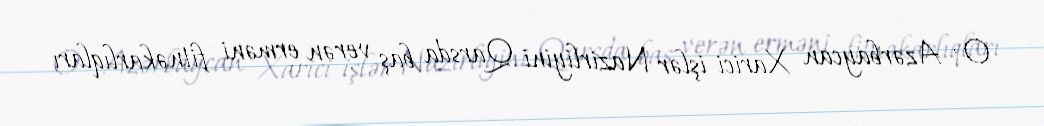
O , Azərbaycan Xarici işlər Nazirliyini Qarsda baş verən erməni fitnəkarlıqları